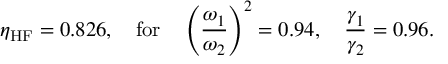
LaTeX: \eta _ { \mathrm { H F } } = 0 . 8 2 6 , \quad \mathrm { f o r } \quad \left( \frac { \omega _ { 1 } } { \omega _ { 2 } } \right) ^ { 2 } = 0 . 9 4 , \quad \frac { \gamma _ { 1 } } { \gamma _ { 2 } } = 0 . 9 6 .